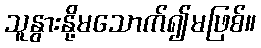
သူနွားနို့မသောက်၍မဖြစ်။